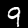
Digit: 9